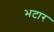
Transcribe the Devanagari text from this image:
भटार